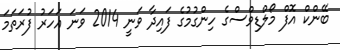
ބޭންކް އޮފް މޯލްޑިވްސްގެ ހިންގުމުގެ ފައިދާ ވަނީ 2014 ވަނަ އަހަރު ފުރަތަމަ